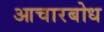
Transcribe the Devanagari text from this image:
आचारबोध